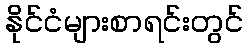
နိုင်ငံများစာရင်းတွင်